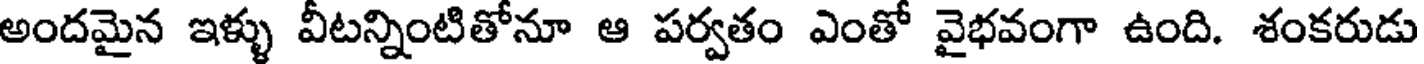
అందమైన ఇళ్ళు వీటన్నింటితోనూ ఆ పర్వతం ఎంతో వైభవంగా ఉంది. శంకరుడు